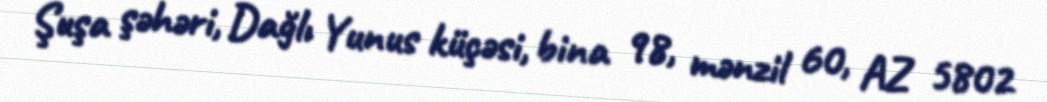
Şuşa şəhəri, Dağlı Yunus küçəsi, bina 98, mənzil 60, AZ 5802